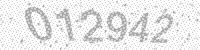
Solution: 012942